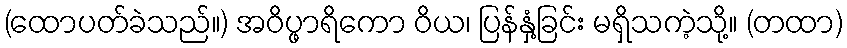
(ထောပတ်ခဲသည်။) အဝိပ္ဖာရိကော ဝိယ၊ ပြန်နှံ့ခြင်း မရှိသကဲ့သို့။ (တထာ)